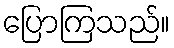
ပြောကြသည်။